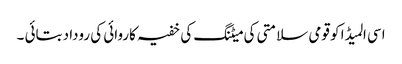
اسی المیڈا کو قومی سلامتی کی میٹنگ کی خفیہ کاروائی کی روداد بتائی ۔